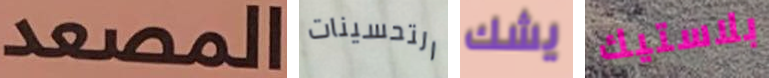
المصعد التحسينات يشك بلاستيك